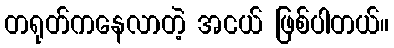
တရုတ်ကနေလာတဲ့ အငယ် ဖြစ်ပါတယ်။